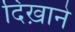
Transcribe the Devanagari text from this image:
दिख़ाने